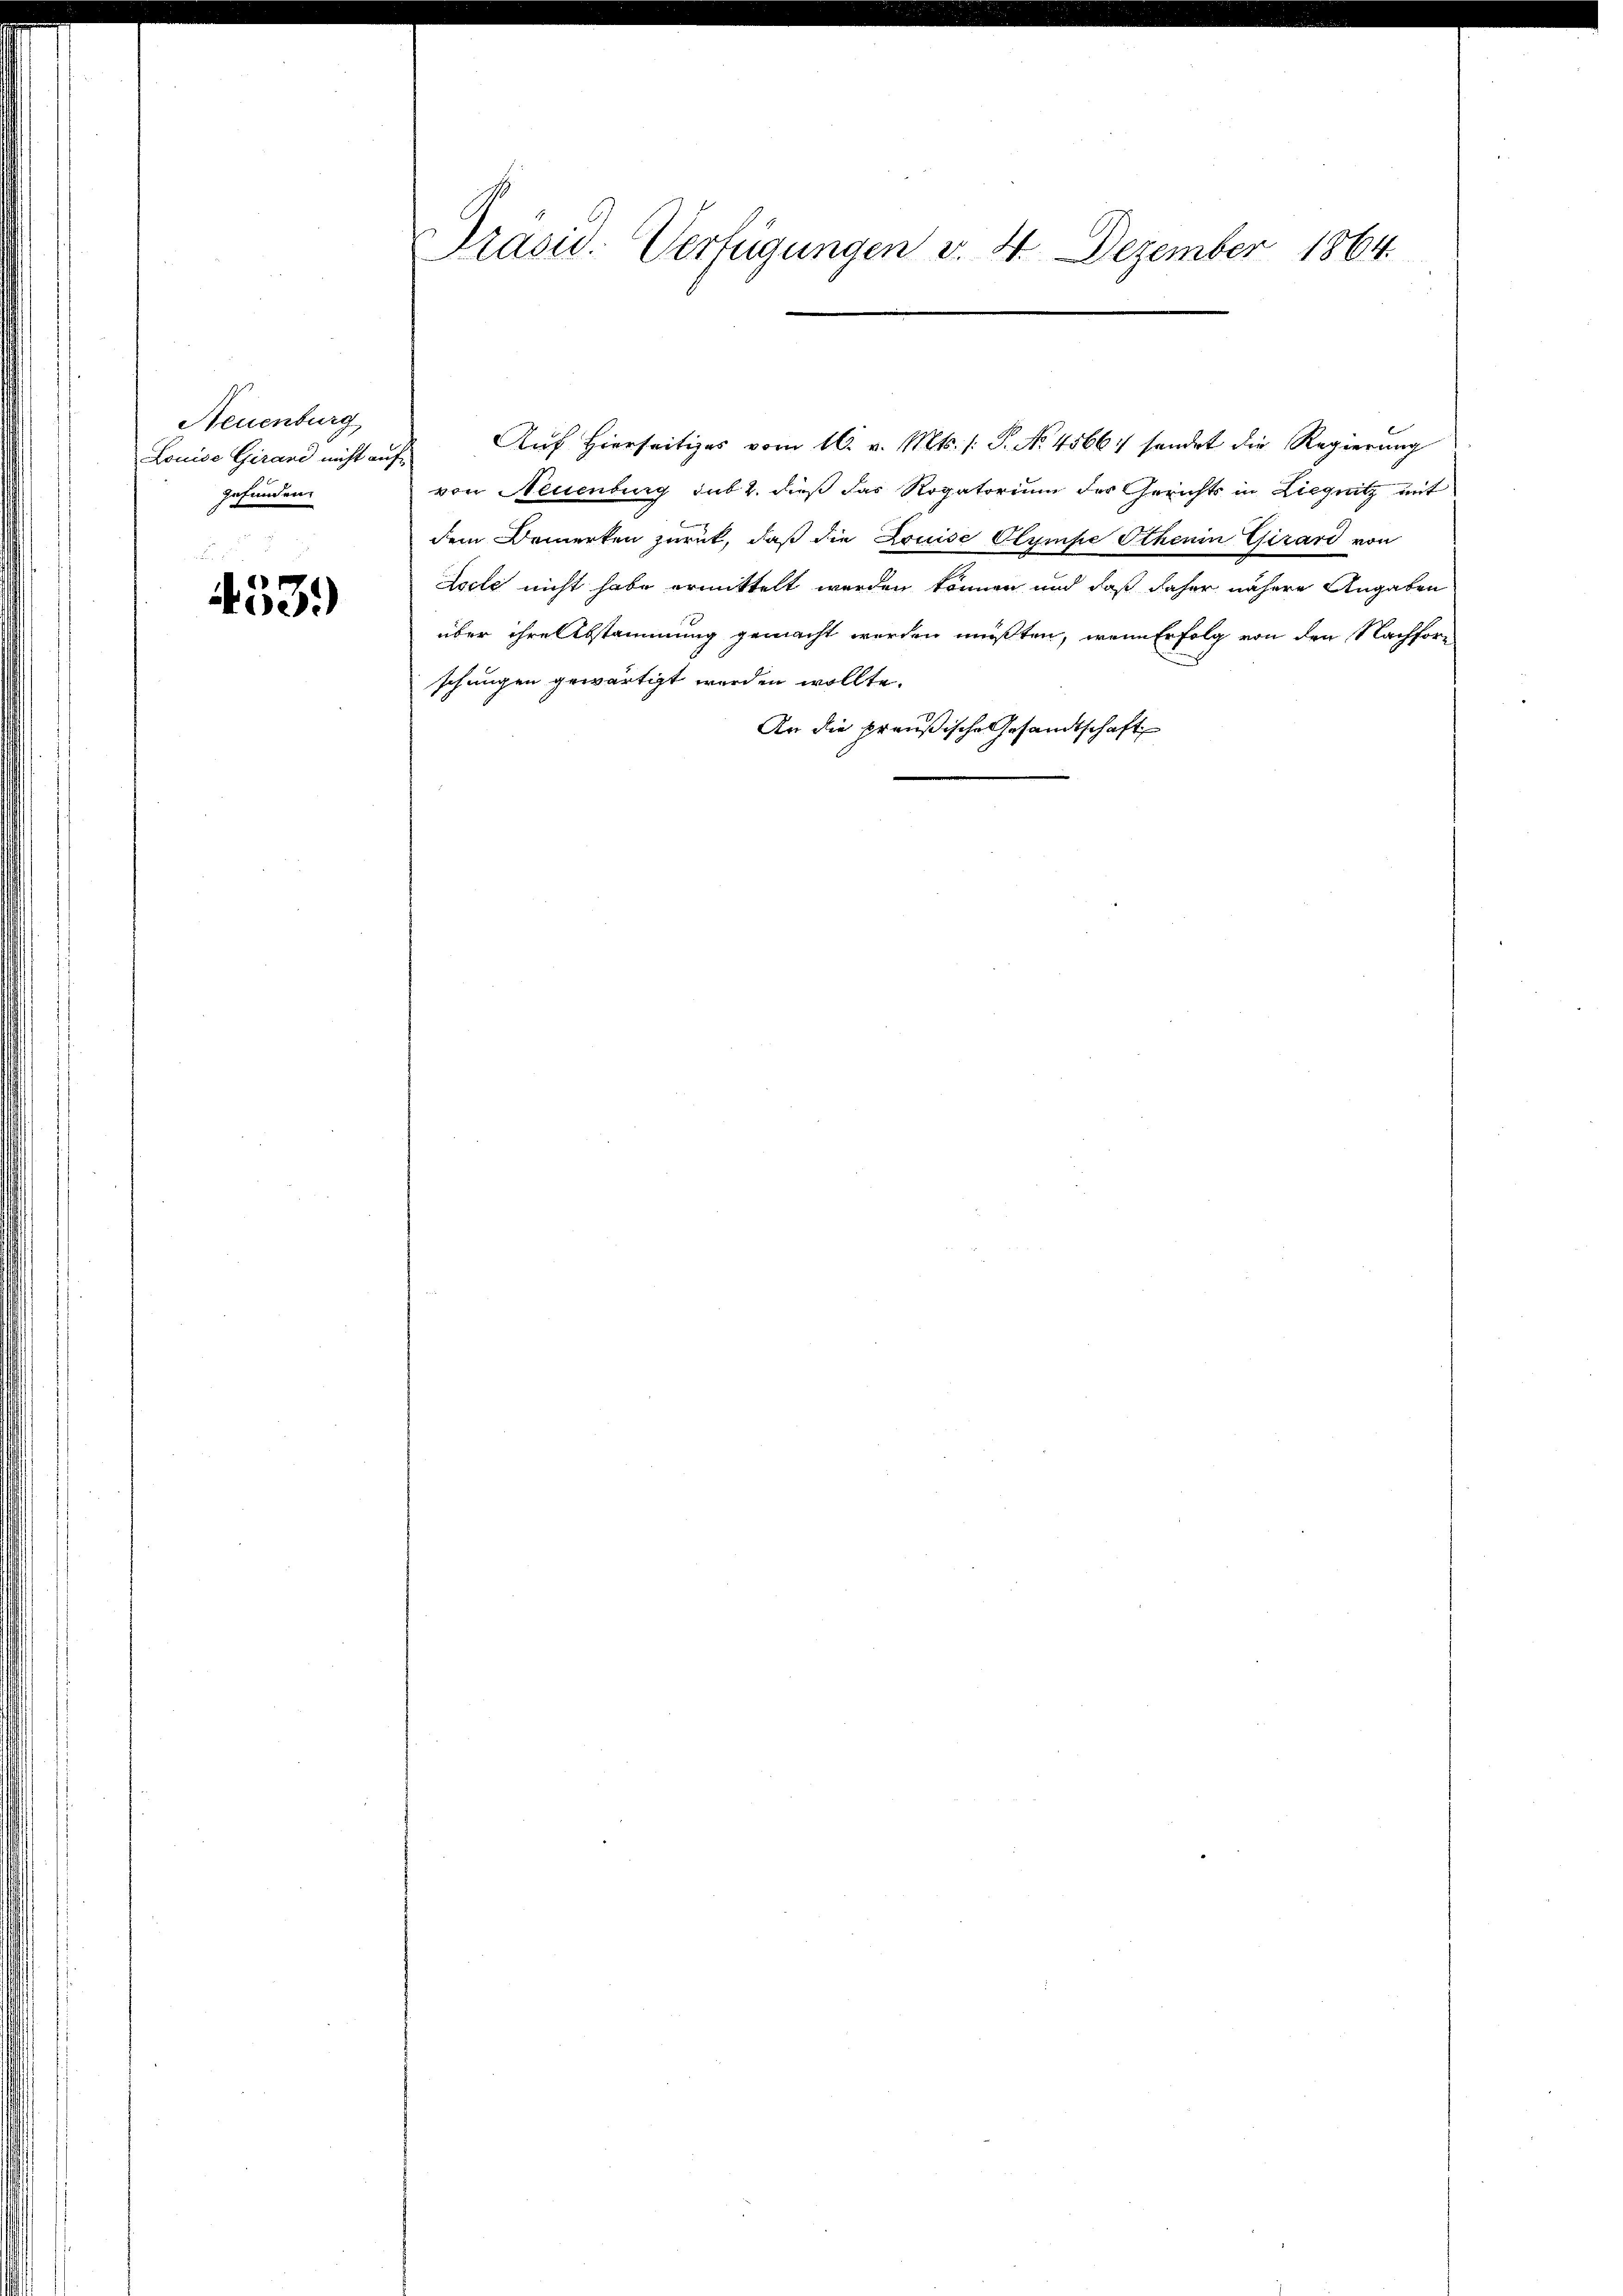
Neuenburg
gefunden.

4539)

Präsid. Verfügungen v. 4. Dezember 1864.

Louise Girard nicht auf Auf hierseitiges vom 16. v. Mts. /: P. No. 4566/ sendet die Regierung
von Neuenburg sub 2. dieß das Rogatorium der Gerichts in Liegnitz mit
dem Domerten zurück, daß die Louise Olympe Ithenin Girard von
Zscle nicht habe ermittelt werden können und daß daher nähere Angaben
über ihre Abstammung gemacht werden müßten, wenn Erfolg von den Nachforschungen gewärtigt werden wollte.
An die preußische Gesandtschaft